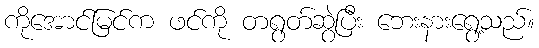
ကိုအောင်မြင်က ဖင်ကို တရွတ်ဆွဲပြီး ဘေးနားရွေ့သည်။